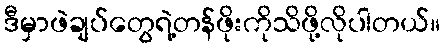
ဒီမှာဖဲချပ်တွေရဲ့တန်ဖိုးကိုသိဖို့လိုပါတယ်။